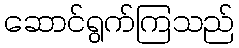
ဆောင်ရွက်ကြသည်